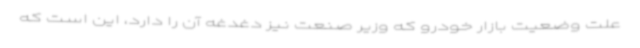
علت وضعیت بازار خودرو که وزیر صنعت نیز دغدغه آن را دارد، این است که